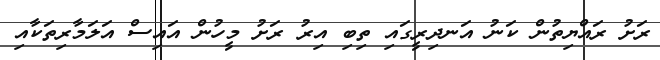
ރަށު ރައްޔިތުން ކަނު އަނދިރީގައި ތިބި އިރު ރަށު މީހުން އައިސް އަލަމާރިތަކާއި